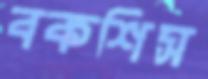
বকশিস